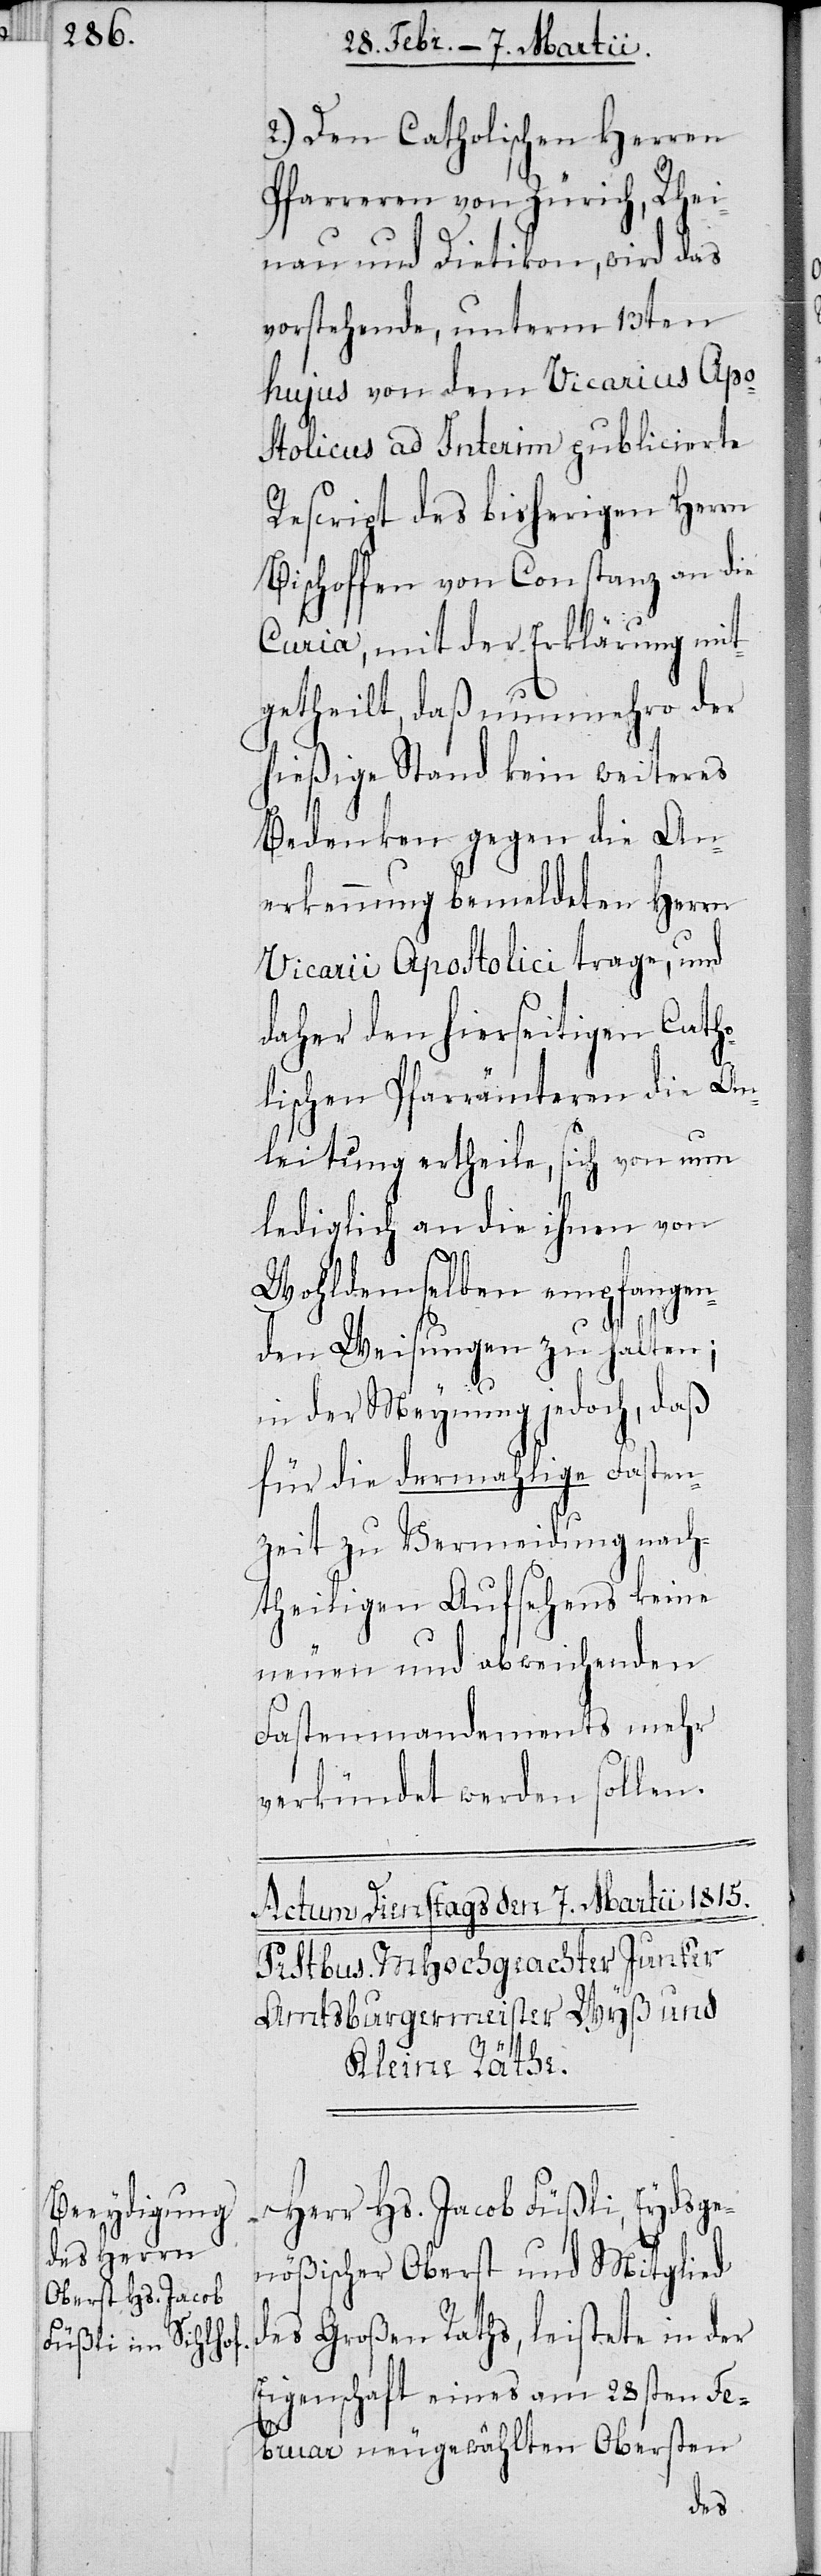
2.) Den Catholischen Herren
Pfarreren von Zürich, Rhei¬
nau und Dietikon, wird das
vorstehende, unterm 13ten
hujus von dem Vicarius Apo¬
stolicus ad Interim publicierte
Rescript des bisherigen Herrn
Bischoffen von Constanz an die
Curia, mit der Erklärung mit¬
getheilt, daß nunmehro der
hießige Stand kein weiteres
Bedenken gegen die An¬
erkennung bemeldeten Herrn
Vicarii Apostolici trage, und
daher den hierseitigen Catho¬
lischen Pfarrämteren die An¬
leitung ertheile, sich von nun
lediglich an die ihnen von
Wohldemselben empfangen¬
den Weisungen zu halten;
in der Meynung jedoch, daß
für die dermahlige Fasten¬
zeit zu Vermeidung nach¬
theiligen Aufsehens keine
neuen und abweichenden
Fastenmandements mehr
verkündet werden sollen.
Herr Hs. Jacob Füßli, Eydsge¬
nößischer Oberst und Mitglied
des Großen Raths, leistete in der
Eigenschaft eines am 28sten Fe¬
bruar neugewählten Obersten